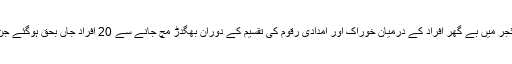
18 فروری2020ء) افریقی ملک نائجر میں بے گھر افراد کے درمیان خوراک اور امدادی رقوم کی تقسیم کے دوران بھگدڑ مچ جانے سے 20 افراد جاں بحق ہوگئے جن میںخواتین اور بچے بھی شامل ہیں۔